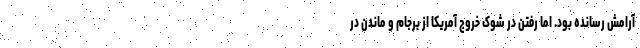
آرامش رسانده بود. اما رفتن در شوک خروج آمریکا از برجام و ماندن در